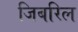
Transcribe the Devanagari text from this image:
जिबरिल